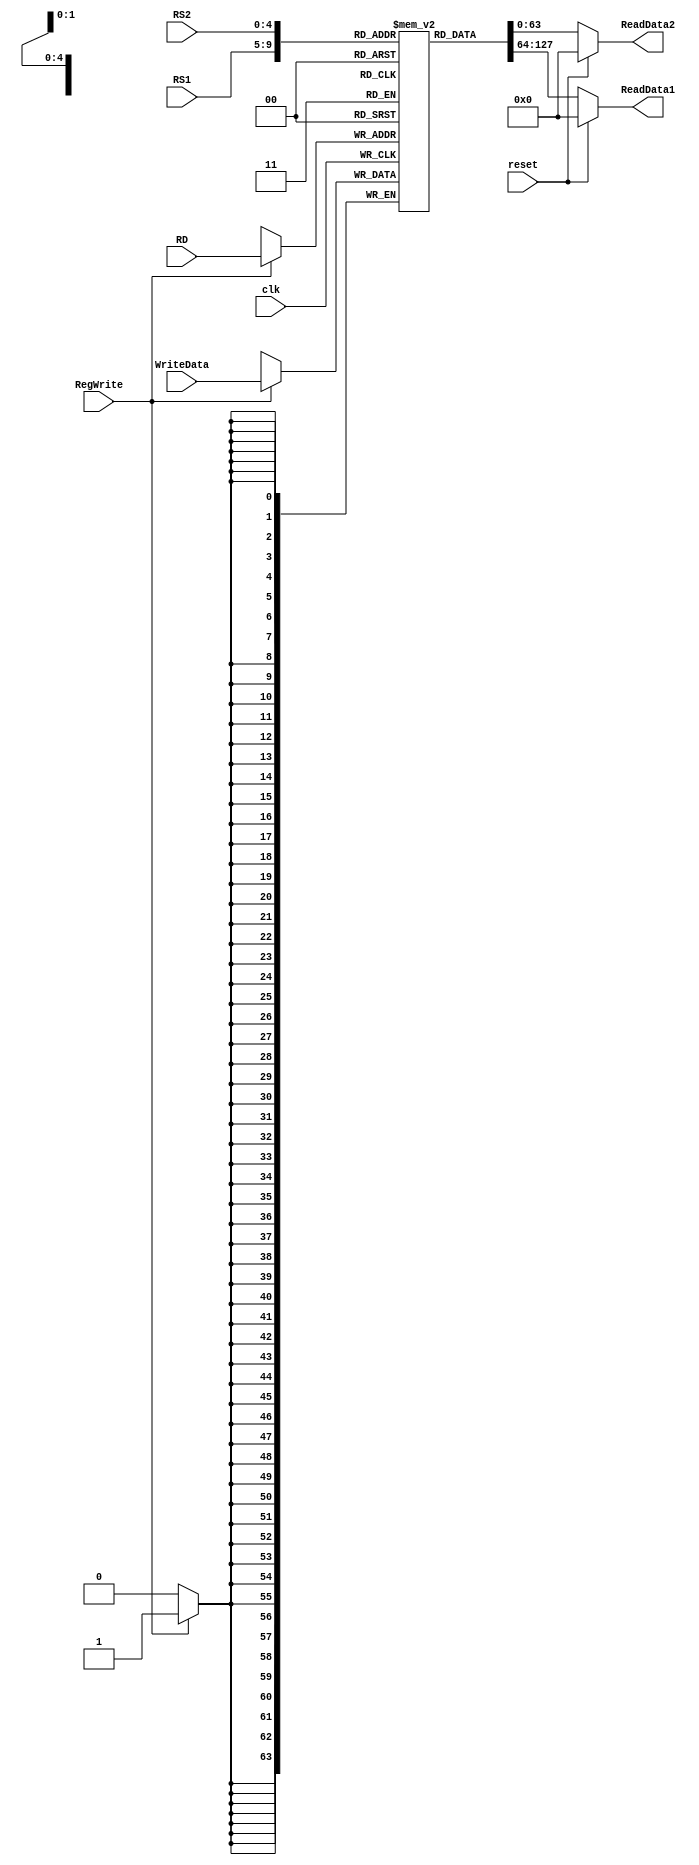
module registerFile(
    input [63:0] WriteData,
    input [4:0] RS1,
    input [4:0] RS2,
    input [4:0] RD,
    input RegWrite, clk, reset,
    output reg [63:0] ReadData1,
    output reg [63:0] ReadData2
);
reg [63:0] Registers [31:0];
initial
    begin
    Registers[0] = 64'd 1;
    Registers[1] = 64'd 2;
    Registers[2] = 64'd 3;
    Registers[3] = 64'd 4;
    Registers[4] = 64'd 5;
    Registers[5] = 64'd 6;
    Registers[6] = 64'd 7;
    Registers[7] = 64'd 8;
    Registers[8] = 64'd 9;
    Registers[9] = 64'd 10;
    Registers[10] = 64'd 11;
    Registers[11] = 64'd 12;
    Registers[12] = 64'd 13;
    Registers[13] = 64'd 14;
    Registers[14] = 64'd 15;
    Registers[15] = 64'd 16;
    Registers[16] = 64'd 17;
    Registers[17] = 64'd 18;
    Registers[18] = 64'd 19;
    Registers[19] = 64'd 20;
    Registers[20] = 64'd 21;
    Registers[21] = 64'd 22;
    Registers[22] = 64'd 23;
    Registers[23] = 64'd 24;
    Registers[24] = 64'd 25;
    Registers[25] = 64'd 26;
    Registers[26] = 64'd 27;
    Registers[27] = 64'd 28;
    Registers[28] = 64'd 29;
    Registers[29] = 64'd 30;
    Registers[30] = 64'd 31;
    Registers[31] = 64'd 32;
    end
always @(posedge clk)
    if(RegWrite)
        begin
        Registers[RD] = WriteData;
        end
always @(RS1 or RS2 or reset or Registers)
    if(reset)
        begin
        ReadData1 = 64'b0;
        ReadData2 = 64'b0;
        end
    else
        begin
        ReadData1 = Registers[RS1];
        ReadData2 = Registers[RS2];
        end
endmodule